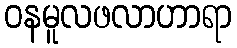
ဝနမူလဖလာဟာရာ